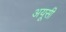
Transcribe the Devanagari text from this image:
अयूसी